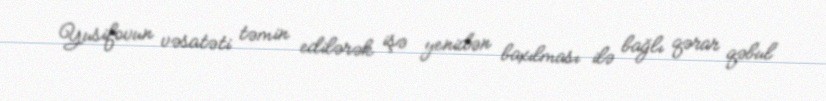
Yusifovun vəsatəti təmin edilərək işə yenidən baxılması ilə bağlı qərar qəbul